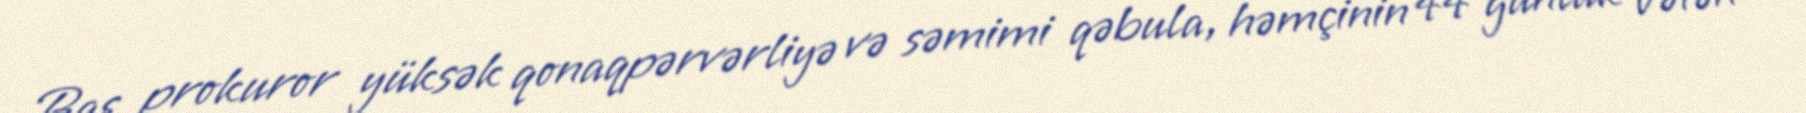
Baş prokuror yüksək qonaqpərvərliyə və səmimi qəbula, həmçinin 44 günlük Vətən